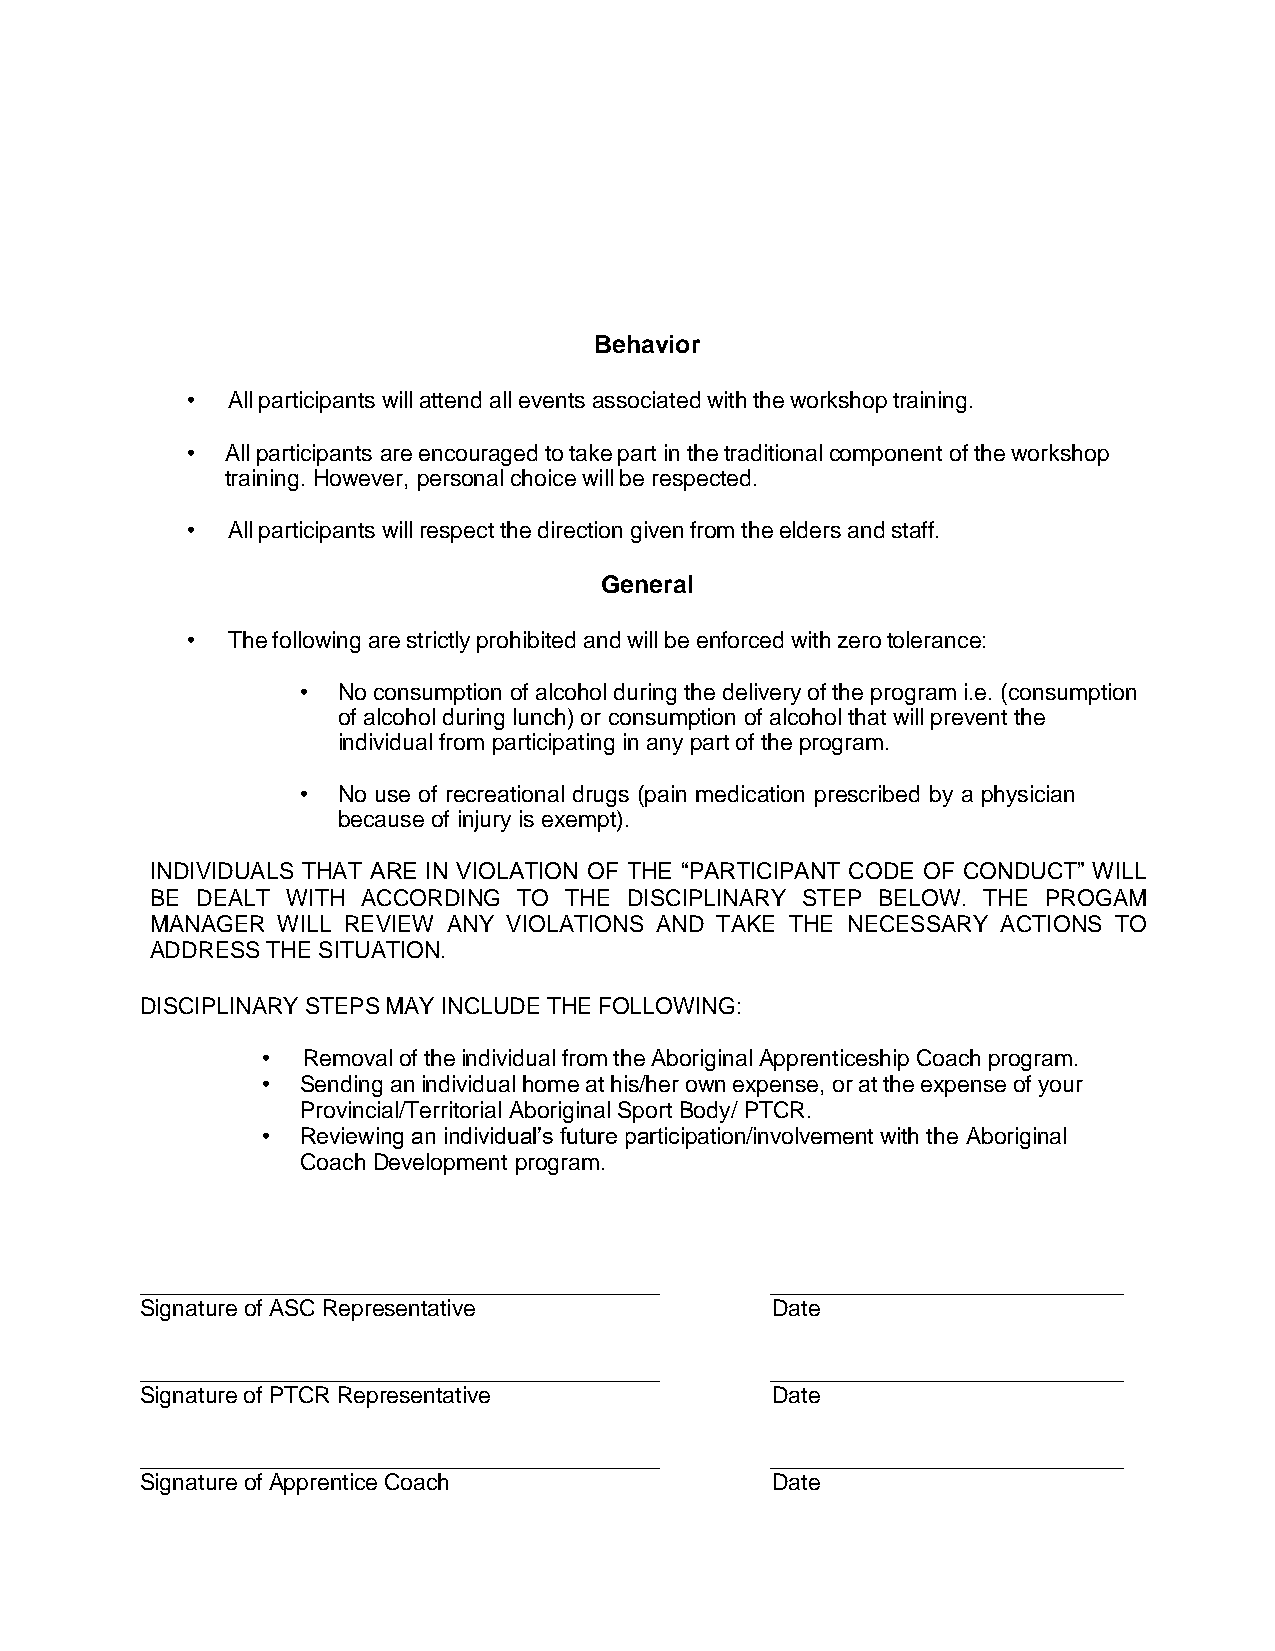
Behavior
 •  All participants will attend all events associated with the workshop training.
 •  All participants are encouraged to take part in the traditional component of the workshop
 training. However, personal choice will be respected.
 •  All participants will respect the direction given from the elders and staff.
 General
 •  The following are strictly prohibited and will be enforced with zero tolerance:
 • No consumption of alcohol during the delivery of the program i.e. (consumption
 of alcohol during lunch) or consumption of alcohol that will prevent the
 individual from participating in any part of the program.
 • No use of recreational drugs (pain medication prescribed by a physician
 because of injury is exempt).
 INDIVIDUALS THAT ARE IN VIOLATION OF THE “PARTICIPANT CODE OF CONDUCT” WILL
 BE DEALT WITH ACCORDING TO THE  DISCIPLINARY STEP BELOW. THE PROGAM
 MANAGER WILL REVIEW ANY VIOLATIONS AND TAKE THE NECESSARY ACTIONS TO
 ADDRESS THE SITUATION.
 DISCIPLINARY STEPS MAY INCLUDE THE FOLLOWING:
 •  Removal of the individual from the Aboriginal Apprenticeship Coach program.
 •  Sending an individual home at his/her own expense, or at the expense of your
 Provincial/Territorial Aboriginal Sport Body/ PTCR.
 •  Reviewing an individual’s future participation/involvement with the Aboriginal
 Coach Development program.
 Signature of ASC Representative           Date
 Signature of PTCR Representative          Date
 Signature of Apprentice Coach             Date